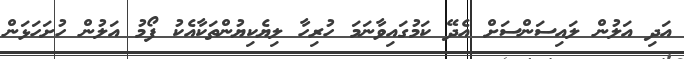
އަދި އަލުން ލައިސަންސަށް އެދޭ ކަމުގައިވާނަމަ ހުރިހާ ލިޔެކިޔުންތަކާއެކު ފޯމު އަލުން ހުށަހަޅަން